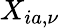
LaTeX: X_{ia,\nu}